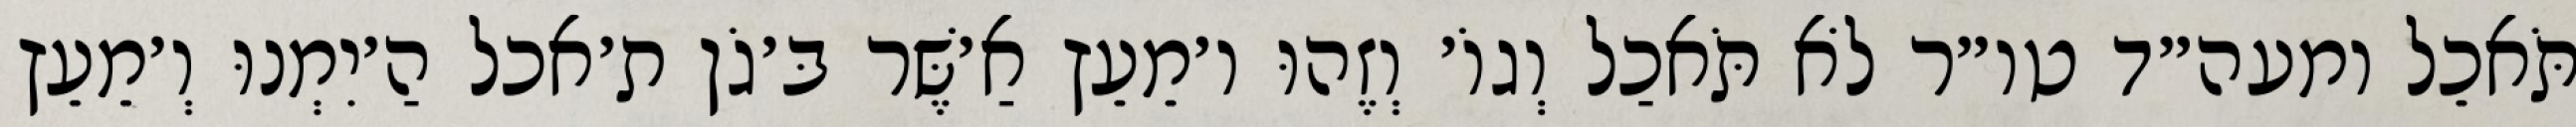
תֹּאכֵל ומעה״ד טו״ר לֹא תֹּאכַל וְגוֹ׳ וְזֶהוּ ו׳מֵעֵץ אַ׳שֶּׁר בּ׳גֹן ת׳אכל הַ׳יִמְנוּ וְ׳מֵעֵץ